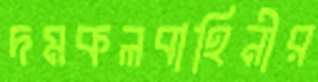
দমকলবাহিনীর